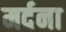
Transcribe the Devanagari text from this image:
मर्दना